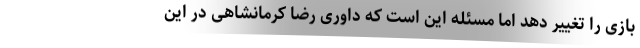
بازی را تغییر دهد اما مسئله این است که داوری رضا کرمانشاهی در این